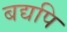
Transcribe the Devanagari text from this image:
बद्यपि